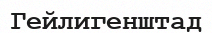
Гейлигенштад